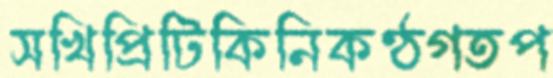
সখিপ্রিটিকিনিকণ্ঠগতপ